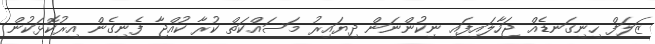
ޒަލަފް ހިނިގަނޑެއް ޖަހާލައިފައި ނިކުންނަން ދިޔައިރު މަސައްކަތް ކުރާ ކުއްޖާ ފެނިގެން އިރުކޮޅަކުން